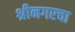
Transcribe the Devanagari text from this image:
श्रीनगरचा